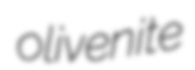
olivenite